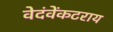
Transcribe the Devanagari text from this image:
वेदंवेंकटराय